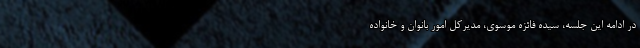
در ادامه این جلسه، سیده فائزه موسوی، مدیرکل امور بانوان و خانواده